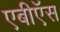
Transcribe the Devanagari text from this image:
एबीऍस